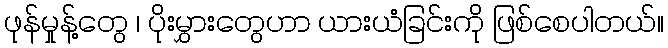
ဖုန်မှုန့်တွေ ၊ ပိုးမွှားတွေဟာ ယားယံခြင်းကို ဖြစ်စေပါတယ်။